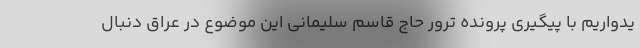
یدواریم با پیگیری پرونده ترور حاج قاسم سلیمانی این موضوع در عراق دنبال